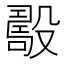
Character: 𣪾